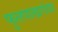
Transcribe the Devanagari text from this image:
फुलपाखरांवर